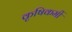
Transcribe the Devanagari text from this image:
कृषिकर्मी